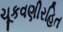
ચૂકવણીરહિત